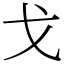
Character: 戈